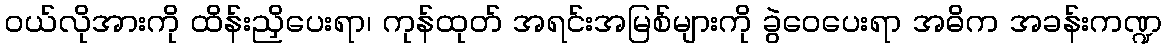
ဝယ်လိုအားကို ထိန်းညှိပေးရာ၊ ကုန်ထုတ် အရင်းအမြစ်များကို ခွဲဝေပေးရာ အဓိက အခန်းကဏ္ဍ